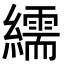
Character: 繻